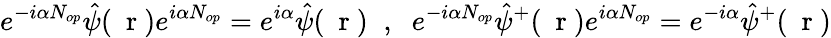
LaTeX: e^{-i\alpha N_{op}}\hat{\psi}(\mathrm{~\mathbf~r~})e^{i\alpha N_{op}}=e^{i\alpha}\hat{\psi}(\mathrm{~\mathbf~r~})\; \; ,\; \; e^{-i\alpha N_{op}}\hat{\psi}^{+}(\mathrm{~\mathbf~r~})e^{i\alpha N_{op}}=e^{-i\alpha}\hat{\psi}^{+}(\mathrm{~\mathbf~r~})